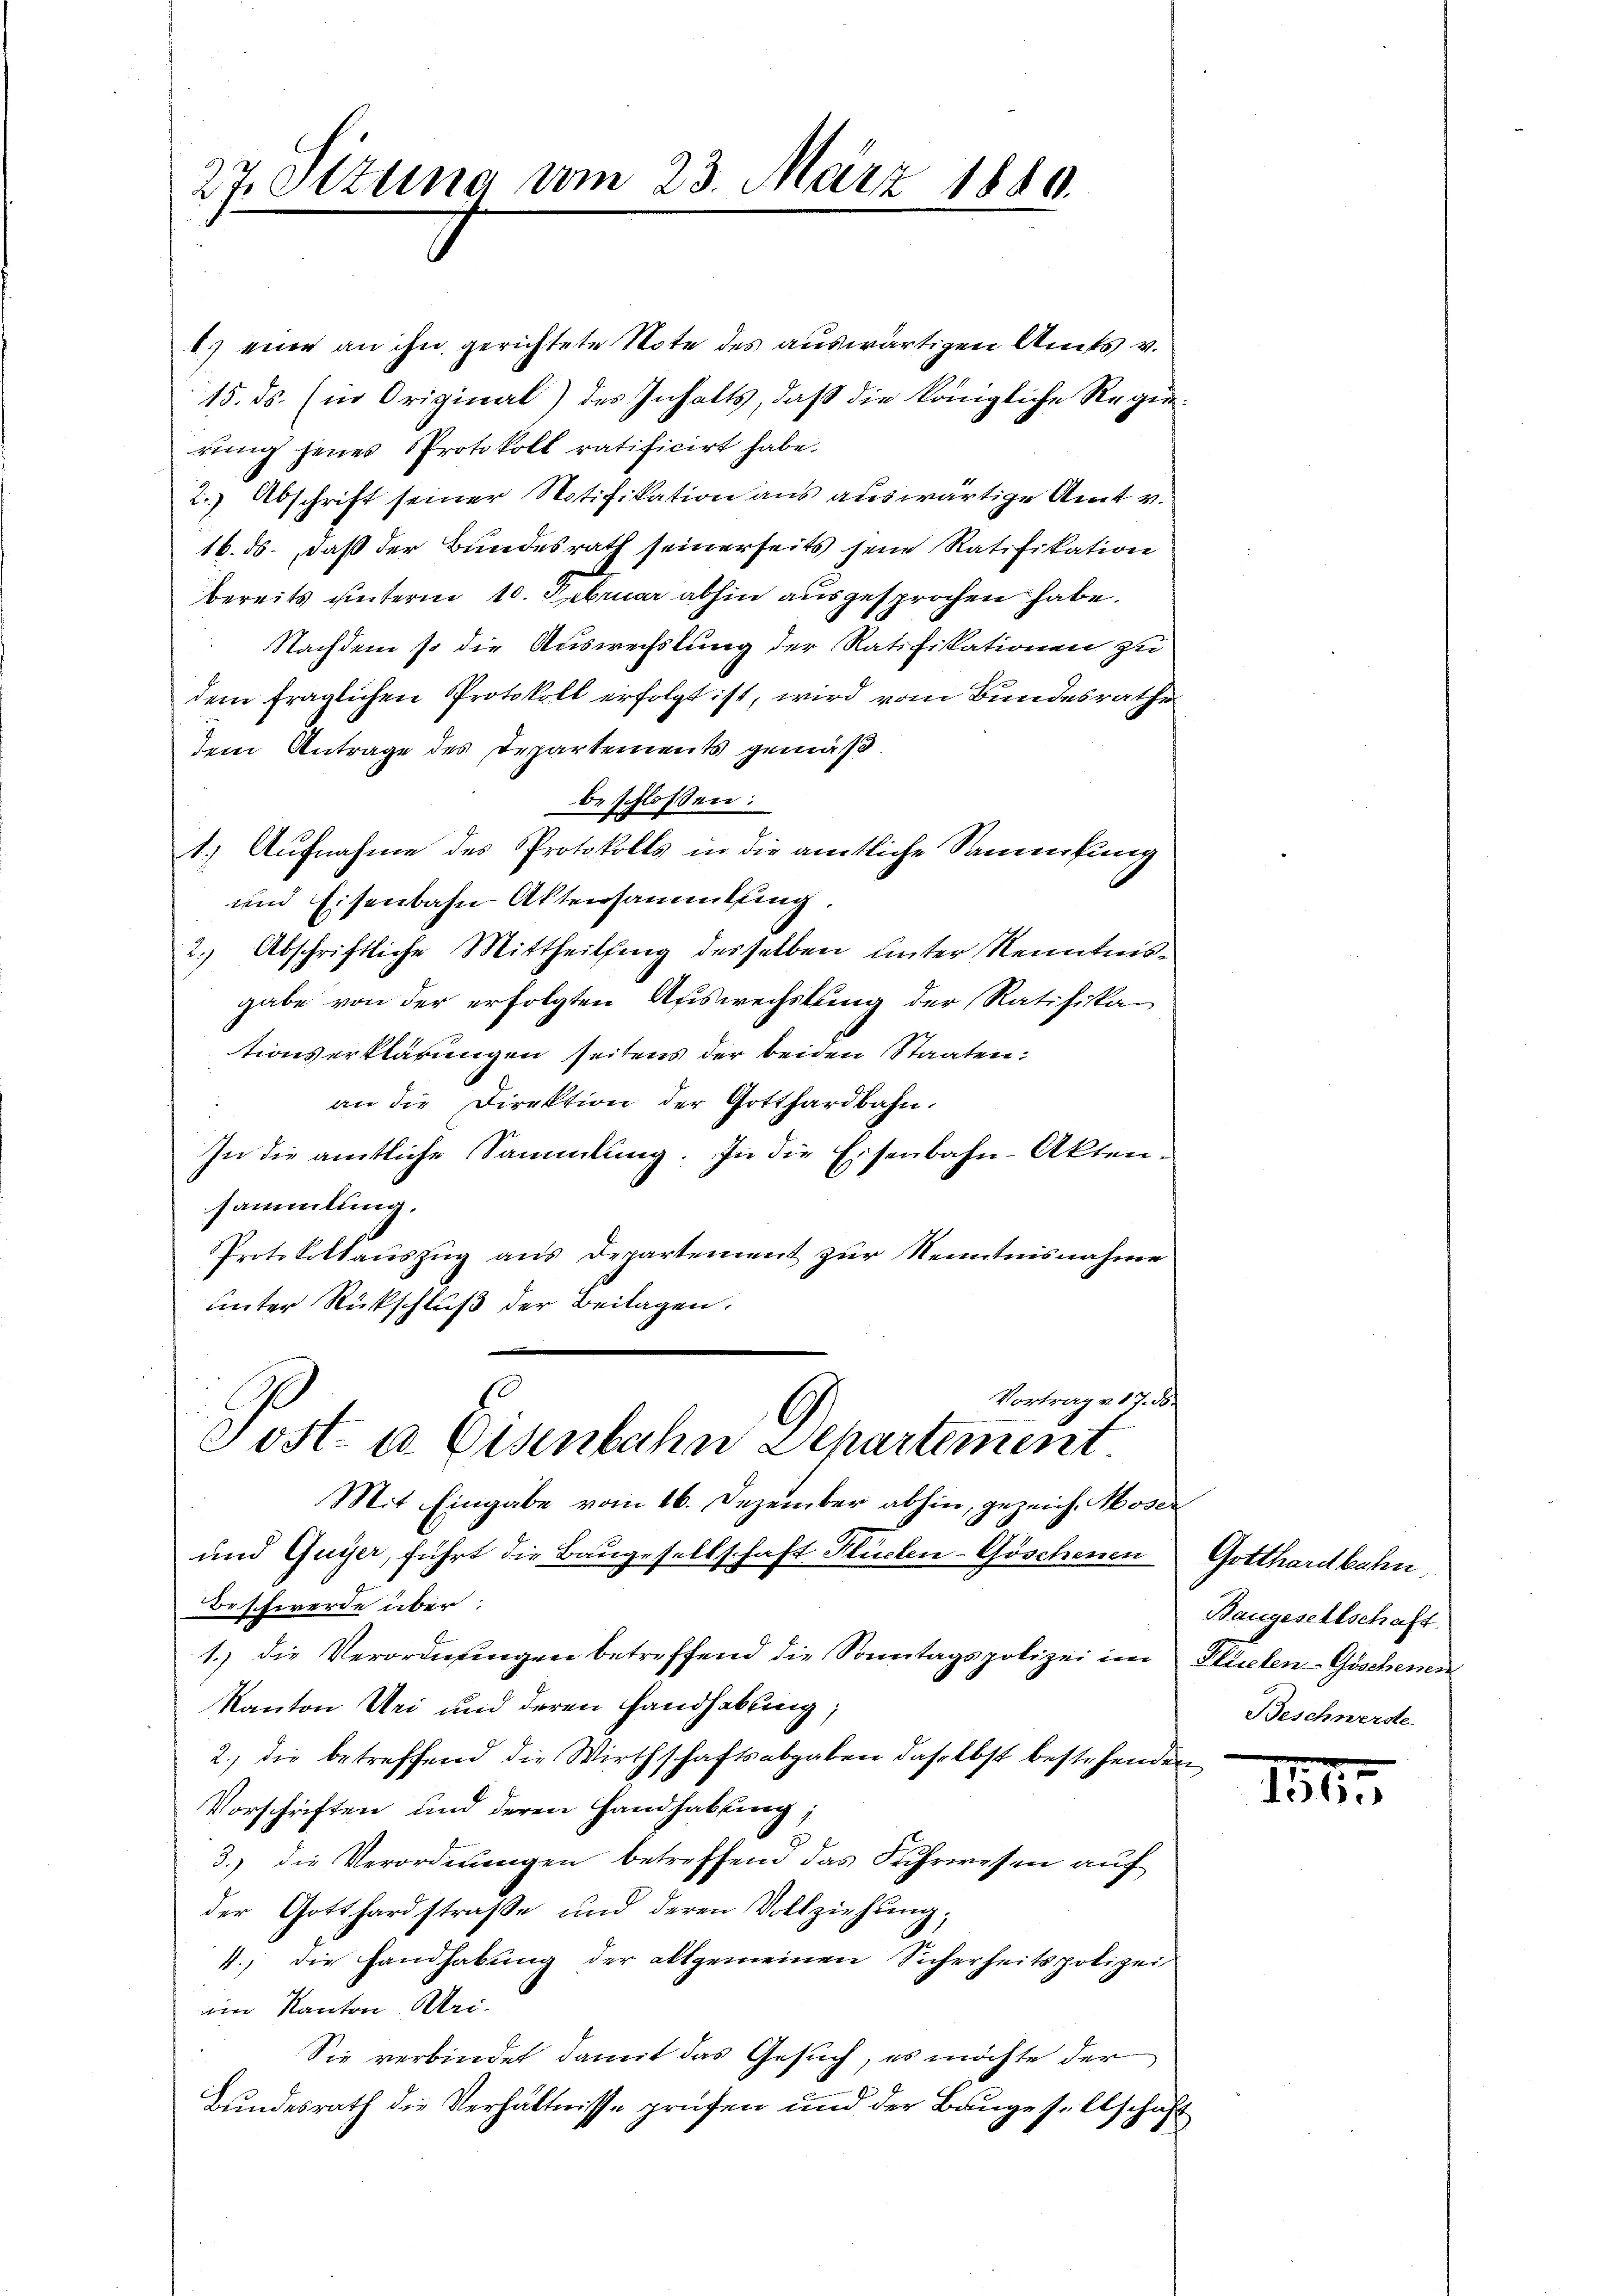
27. Ottung vom 23. März 1840.

1.) eine an ihn gerichtete Note des auswärtigen Amts v.
15. ds. (in Original) des Inhalts, daß die königliche Regierung jenes Protokoll ratificirt habe.
2.) Abschrift seiner Notifikation aus auswärtige Amt v.
16. ds., daß der Bundesrath seinerseits seine Ratifikation
bereits unterm 10. Februar abhin ausgesprochen habe.
Nachdem so die Auswechslung der Ratifikationen zu
dem fraglichen Protokoll erfolgt ist, wird vom Bundesrathe
dem Antrage des Departements gemäß
beschlossen:
1.) Aufnahme des Protokolls in die amtliche Sammlung
und Eisenbahn-Aktensammlung.
2.) Abschriftliche Mittheilung desselben unter Kenntnisgabe von der erfolgten Auswechslung der Ratifikan
tionserklärungen seitens der beiden Staaten:
an die Direktion der Gotthardbahn.
In die amtliche Sammlung. In die Eisenbahn-Aktensammlung.
Protokollauszug aus Departement zur Kenntnisnahme
Lnter Rückschluß der Beilagen.
Vortrag v. 17. d.

Sost- u. Eisenbahn Departement
Mit Eingabe vom 16. Dezember abhin, gezeich. Moser

und Guyer, führt die Baugesellschaft Flüchen- Göschenen
Beschwerde über.
1.) die Verordnungen betreffend die Sonntagspolizei im
Kanton Sei und deren Handhabung,
2.) die betreffend die Wirthschaftsabgaben daselbst bestehende
Vorschriften und deren Handhabung;
3.) die Verordnungen betreffend das Fuhrwesen auf
der Gotthardstraβe und deren Vollziehung;
4., die Handhabung der allgemeinen Sicherheitspolizei
in Kanton Pri-
Sie verbindet damit das Gesuch, es möchte der
Bundesrath die Verhältnisse prüfen und der Baugesellschaft

Gotthardbahn
Baugesellschaft.
Plüelen-Göschenen
Beschwerste

151